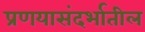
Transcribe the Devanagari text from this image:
प्रणयासंदर्भातील